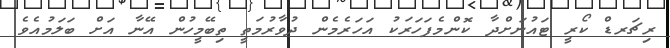
ރިޗަރޑް ކޯރީ ޓައުނަށްދާ ކޮންމެފަހަރަކު އަހަރެމެން ދުވާރުމަތީ ތިބޭމީހުން އޭނާ އަށް ބަލަމުއެވެ